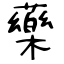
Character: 藥